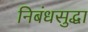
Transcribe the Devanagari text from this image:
निबंधसुद्धा